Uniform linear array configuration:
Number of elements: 16
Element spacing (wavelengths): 1
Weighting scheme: hamming
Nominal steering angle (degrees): -60
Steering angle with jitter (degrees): -60.422
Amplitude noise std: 0.05
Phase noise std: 0.05

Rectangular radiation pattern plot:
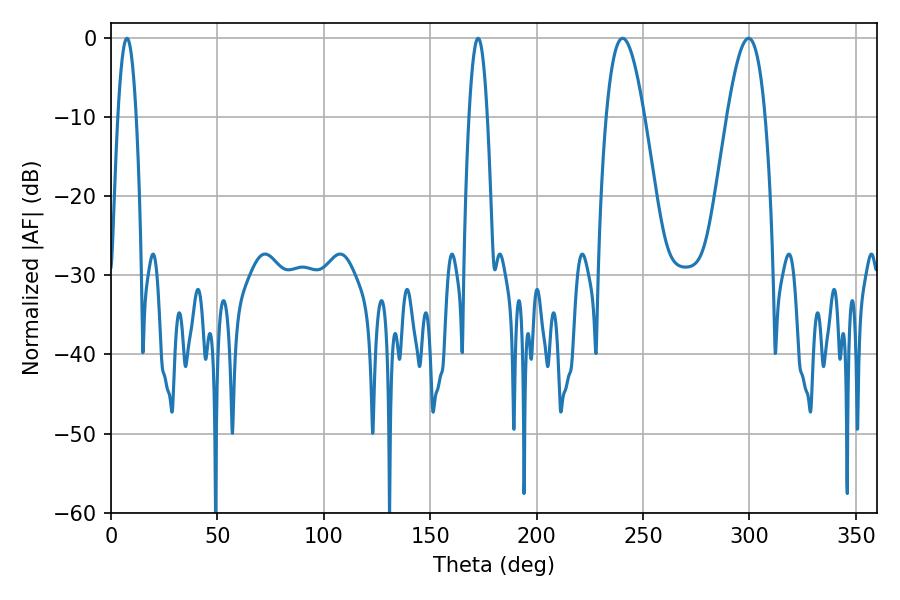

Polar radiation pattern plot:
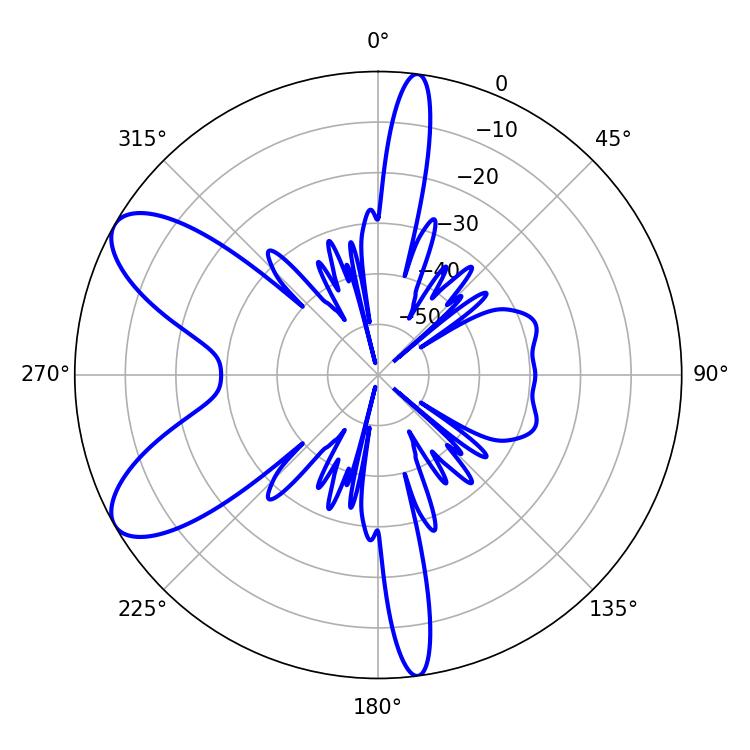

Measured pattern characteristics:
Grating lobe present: TRUE
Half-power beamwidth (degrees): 9.72
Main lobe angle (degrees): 240.48